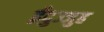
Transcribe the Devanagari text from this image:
ईदुज्जुह